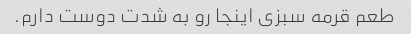
طعم قرمه سبزی اینجا رو به شدت دوست دارم.